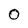
Character: 0